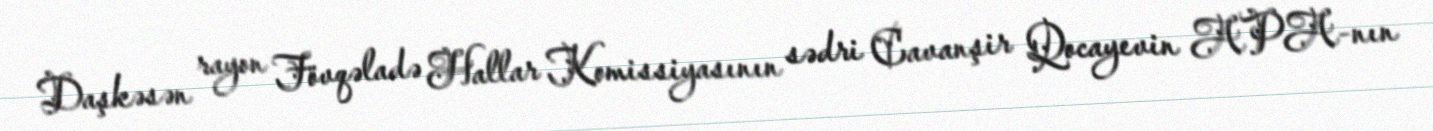
Daşkəsən rayon Fövqəladə Hallar Komissiyasının sədri Cavanşir Qocayevin APA-nın